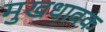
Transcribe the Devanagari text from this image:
मुखधावक